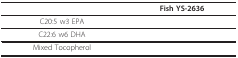
<table><thead><tr><td>[EMPTY_CELL]</td><td><b>Fish YS-2636</b></td></tr></thead><tbody><tr><td>C20:5 w3 EPA</td><td>[EMPTY_CELL]</td></tr><tr><td>C22:6 w6 DHA</td><td>[EMPTY_CELL]</td></tr><tr><td>Mixed Tocopherol</td><td>[EMPTY_CELL]</td></tr></tbody></table>